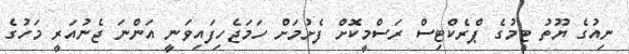
ނިއުގެ ޔޫތު ޓީމުގެ ޕްރެކްޓިސް ރަސްމީކޮށް ފެށުމަށް ހަމަޖެހިފައިވަނީ އަންނަ ޖެނުއަރީ މަހުގެ